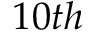
1 0 t h